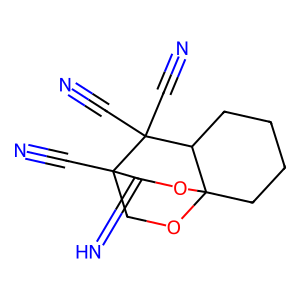
SMILES: N#CC12COC3(CCCCC3C1(C#N)C#N)OC2=N
Inhibits HIV replication: No